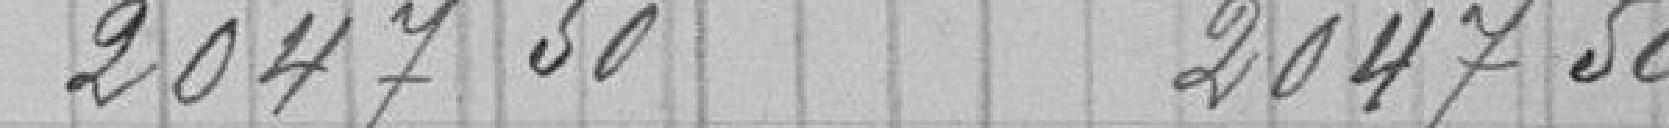
2047 50         2047 50